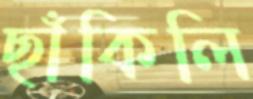
ছাঁকিলি